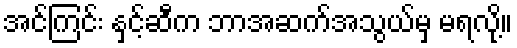
အင်ကြင်း နှင့်ဆီက ဘာအဆက်အသွယ်မှ မရလို့။